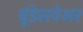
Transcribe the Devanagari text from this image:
बूंडेसवेअर